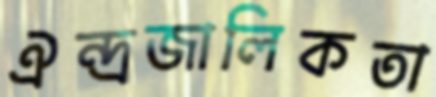
ঐন্দ্রজালিকতা